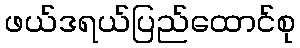
ဖယ်ဒရယ်ပြည်ထောင်စု